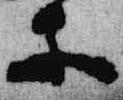
等